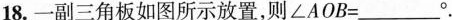
18.一副三角板如图所示放置，则 $$∠ A O B = ___°$$ .